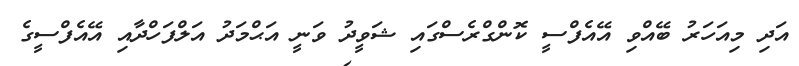
އަދި މިއަހަރު ބޭއްވި އޭއެފްސީ ކޮންގްރެސްގައި ޝަވީދު ވަނީ އަޙްމަދު އަލްފަހްދާއި އޭއެފްސީގެ